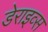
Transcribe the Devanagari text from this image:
डेराइव्स